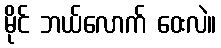
မိုင် ဘယ်လောက် ဝေးလဲ။